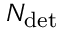
N _ { \mathrm { d e t } }